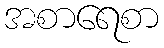
အစာရေစာ